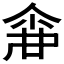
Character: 𠋓